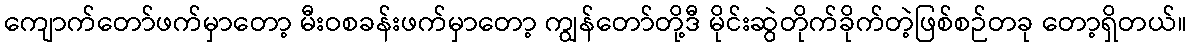
ကျောက်တော်ဖက်မှာတော့ မီးဝစခန်းဖက်မှာတော့ ကျွန်တော်တို့ဒီ မိုင်းဆွဲတိုက်ခိုက်တဲ့ဖြစ်စဉ်တခု တော့ရှိတယ်။